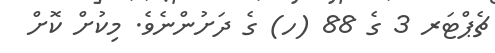
ޗެޕްޓަރ 3 ގެ 88 (ހ) ގެ ދަށުންނެވެ. މިކުށް ކޮށް